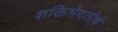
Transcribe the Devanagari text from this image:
शक्तिभेदतीर्थ